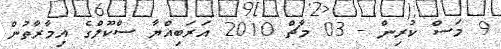
9 މަސް ކުރިން - 03 މާޗް 2010 އަރަބިއްޔާ ސްކޫލްގެ އިމާރާތުން